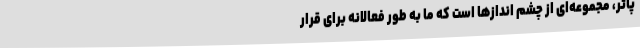
پاتر، مجموعه‌ای از چشم اندازها است که ما به طور فعالانه برای قرار